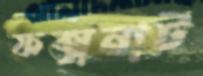
ফক্সনাট